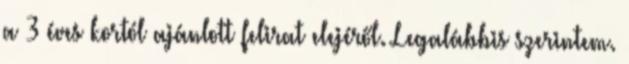
a 3 éves kortól ajánlott felirat elejéről. Legalábbis szerintem.